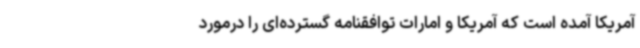
آمریکا آمده است که آمریکا و امارات توافقنامه گسترده‌ای را درمورد